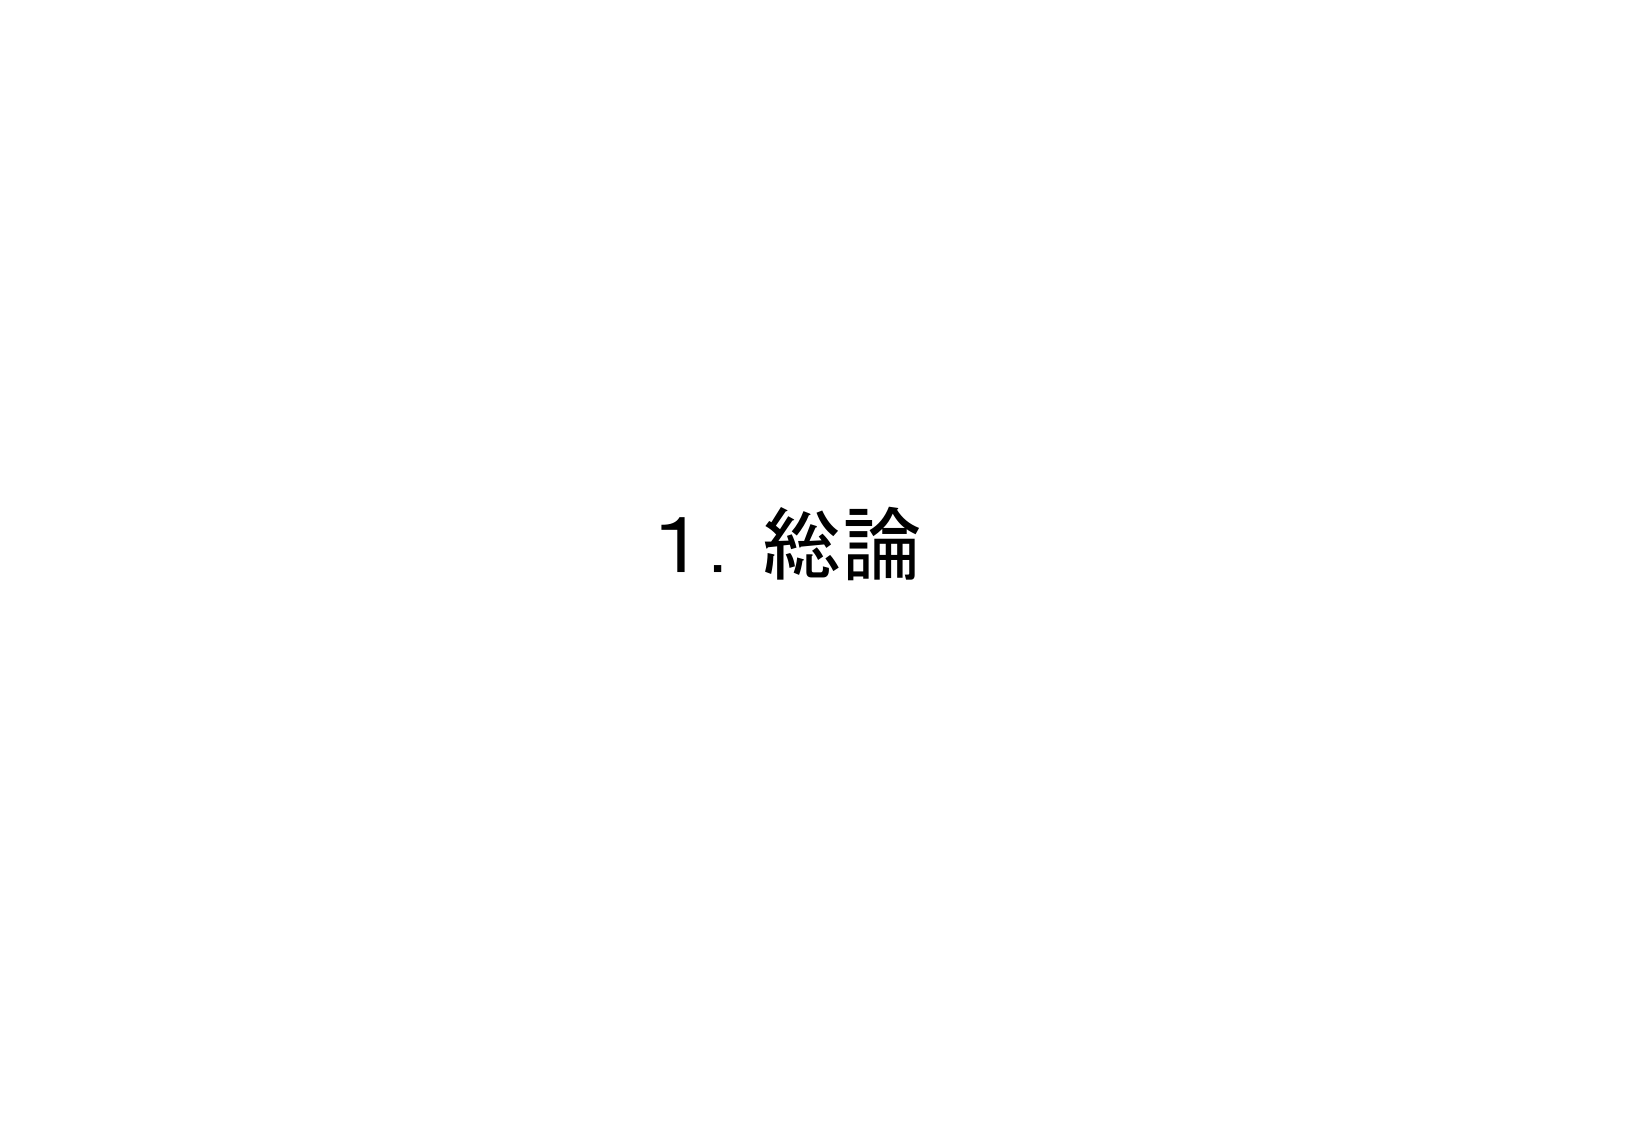
1. 総論